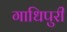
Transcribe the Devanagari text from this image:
गाधिपुरी